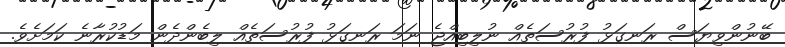
ބޭނުންވިޔަސް ރަނގަޅު ފުރުސަތެއް ނުލިބިއްޖެ ނަމަ ރަނގަޅު ފުރުސަތެއް ލިބެންދެން މަޑުކުރާނެ ކަމަށެވެ.